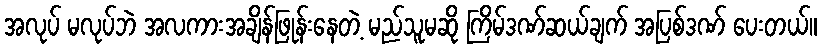
အလုပ် မလုပ်ဘဲ အလကားအချိန်ဖြုန်းနေတဲ့ မည်သူမဆို ကြိမ်ဒဏ်ဆယ်ချက် အပြစ်ဒဏ် ပေးတယ်။